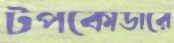
টপকোডারে